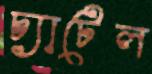
চ্যাটেল